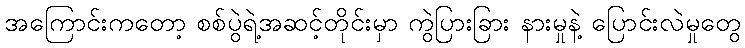
အကြောင်းကတော့ စစ်ပွဲရဲ့အဆင့်တိုင်းမှာ ကွဲပြားခြား နားမှုနဲ့ ပြောင်းလဲမှုတွေ